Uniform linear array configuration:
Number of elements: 48
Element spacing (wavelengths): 1
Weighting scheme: hamming
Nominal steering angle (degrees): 60
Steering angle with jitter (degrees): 61.776
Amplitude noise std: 0.05
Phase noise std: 0.05

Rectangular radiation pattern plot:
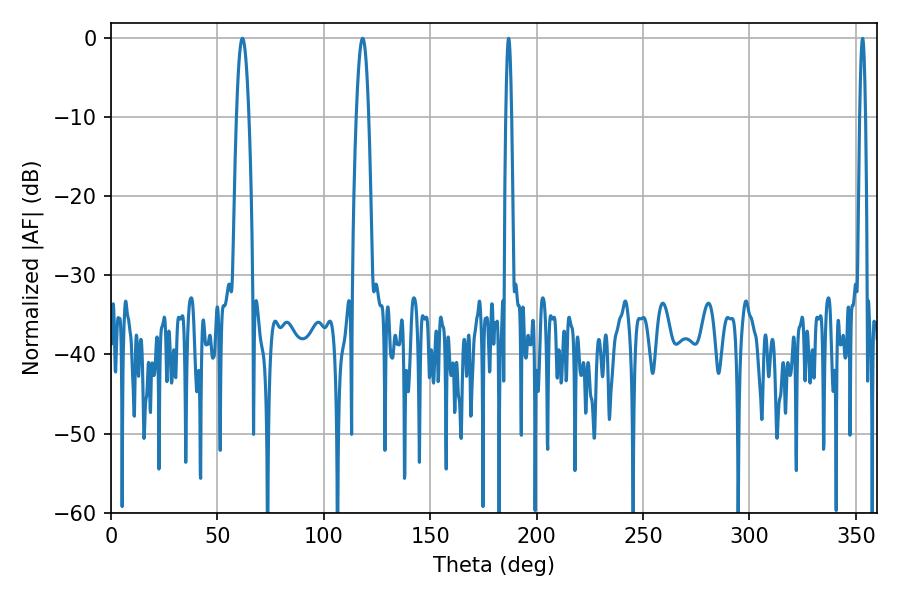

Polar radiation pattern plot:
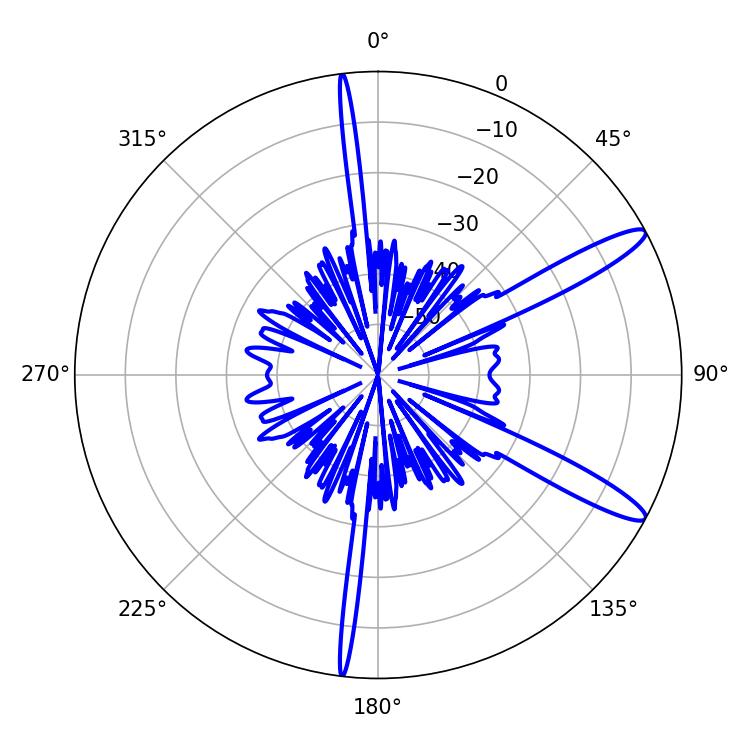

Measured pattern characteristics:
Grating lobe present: TRUE
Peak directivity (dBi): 12.974
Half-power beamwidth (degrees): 1.44
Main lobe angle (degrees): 186.84